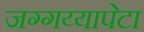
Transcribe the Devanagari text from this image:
जग्गय्यापेटा